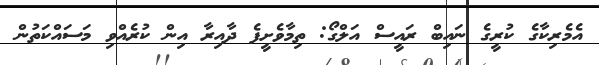
އެމެރިކާގެ ކުރީގެ ނައިބް ރައީސް އަލްގޯ: ތިމާވެށީފެ ދާއިރާ އިން ކުރެއްވި މަސައްކަތުން